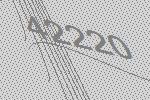
42220